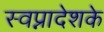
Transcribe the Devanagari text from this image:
स्वप्नादेशके